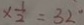
\times \frac { 1 } { 2 } = 3 2